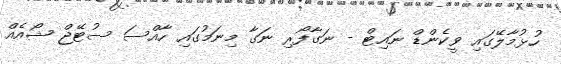
ހުޅުމާލޭގައި ވީކެންޑް ނައިޓް - ނަގާފޯރި ނަގާ މިނަމުގައި ހާއްސަ ސުޓޭޖް ޝޯއެއް